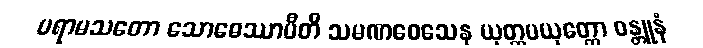
ပရာမသတော သောဓေဿာမီတိ သမဏဝေသေန ယုတ္တပယုတ္တော ဝန္တူနံ